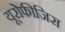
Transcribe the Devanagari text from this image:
यूरोफीजिस